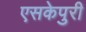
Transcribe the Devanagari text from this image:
एसकेपुरी